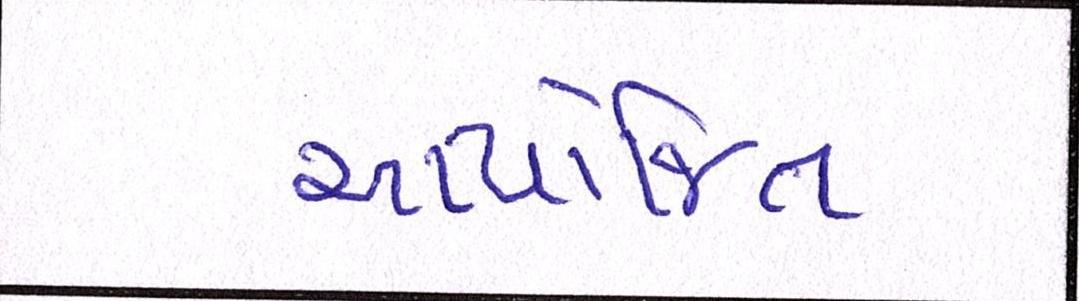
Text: આયોજિત